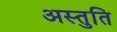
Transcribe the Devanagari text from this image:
अस्तुति